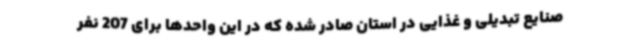
صنایع تبدیلی و غذایی در استان صادر شده که در این واحدها برای 207 نفر